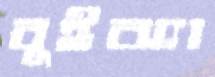
বুইঝ্যা